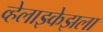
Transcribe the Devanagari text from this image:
व्हेलाझ्केझला